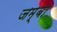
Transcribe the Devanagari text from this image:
जम्बा